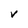
Character: v